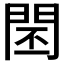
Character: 𨴈